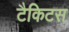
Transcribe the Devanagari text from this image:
टैकिटस